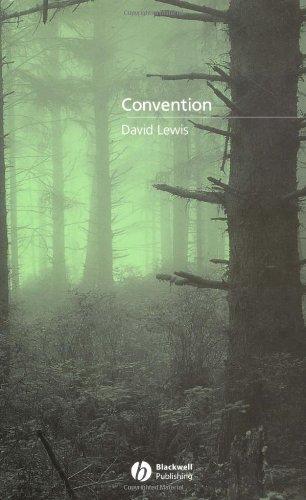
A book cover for Convention: A Philosophical Study; David Lewis; Politics & Social Sciences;